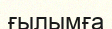
ғылымға